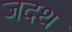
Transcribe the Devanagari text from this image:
जदथ